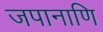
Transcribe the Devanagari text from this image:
जपानाणि